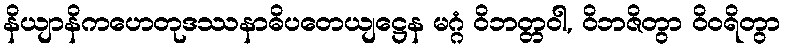
နိယျာနိကဟေတုဒဿနာဓိပတေယျဋ္ဌေန မဂ္ဂံ ဝိဘတ္တဝါ, ဝိဘဇိတွာ ဝိဝရိတွာ